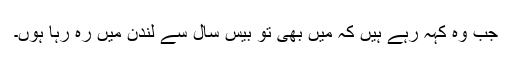
جب وہ کہہ رہے ہیں کہ میں بھی تو بیس سال سے لندن میں رہ رہا ہوں۔